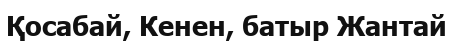
Қосабай, Кенен, батыр Жантай